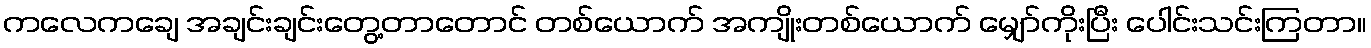
ကလေကချေ အချင်းချင်းတွေ့တာတောင် တစ်ယောက် အကျိုးတစ်ယောက် မျှော်ကိုးပြီး ပေါင်းသင်းကြတာ။